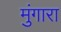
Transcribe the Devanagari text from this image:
मुंगारा